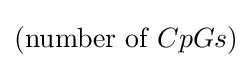
({\text{number of }}CpGs)